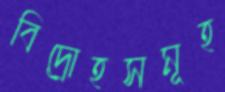
বিদ্রোহসমূহ